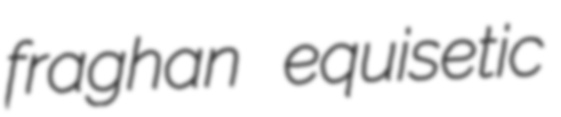
fraghan equisetic